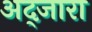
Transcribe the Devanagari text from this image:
अद्जारा